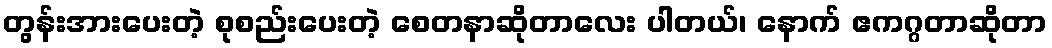
တွန်းအားပေးတဲ့ စုစည်းပေးတဲ့ စေတနာဆိုတာလေး ပါတယ်၊ နောက် ဧကဂ္ဂတာဆိုတာ